Vana-Antsla_vallavalitsus, lk 108
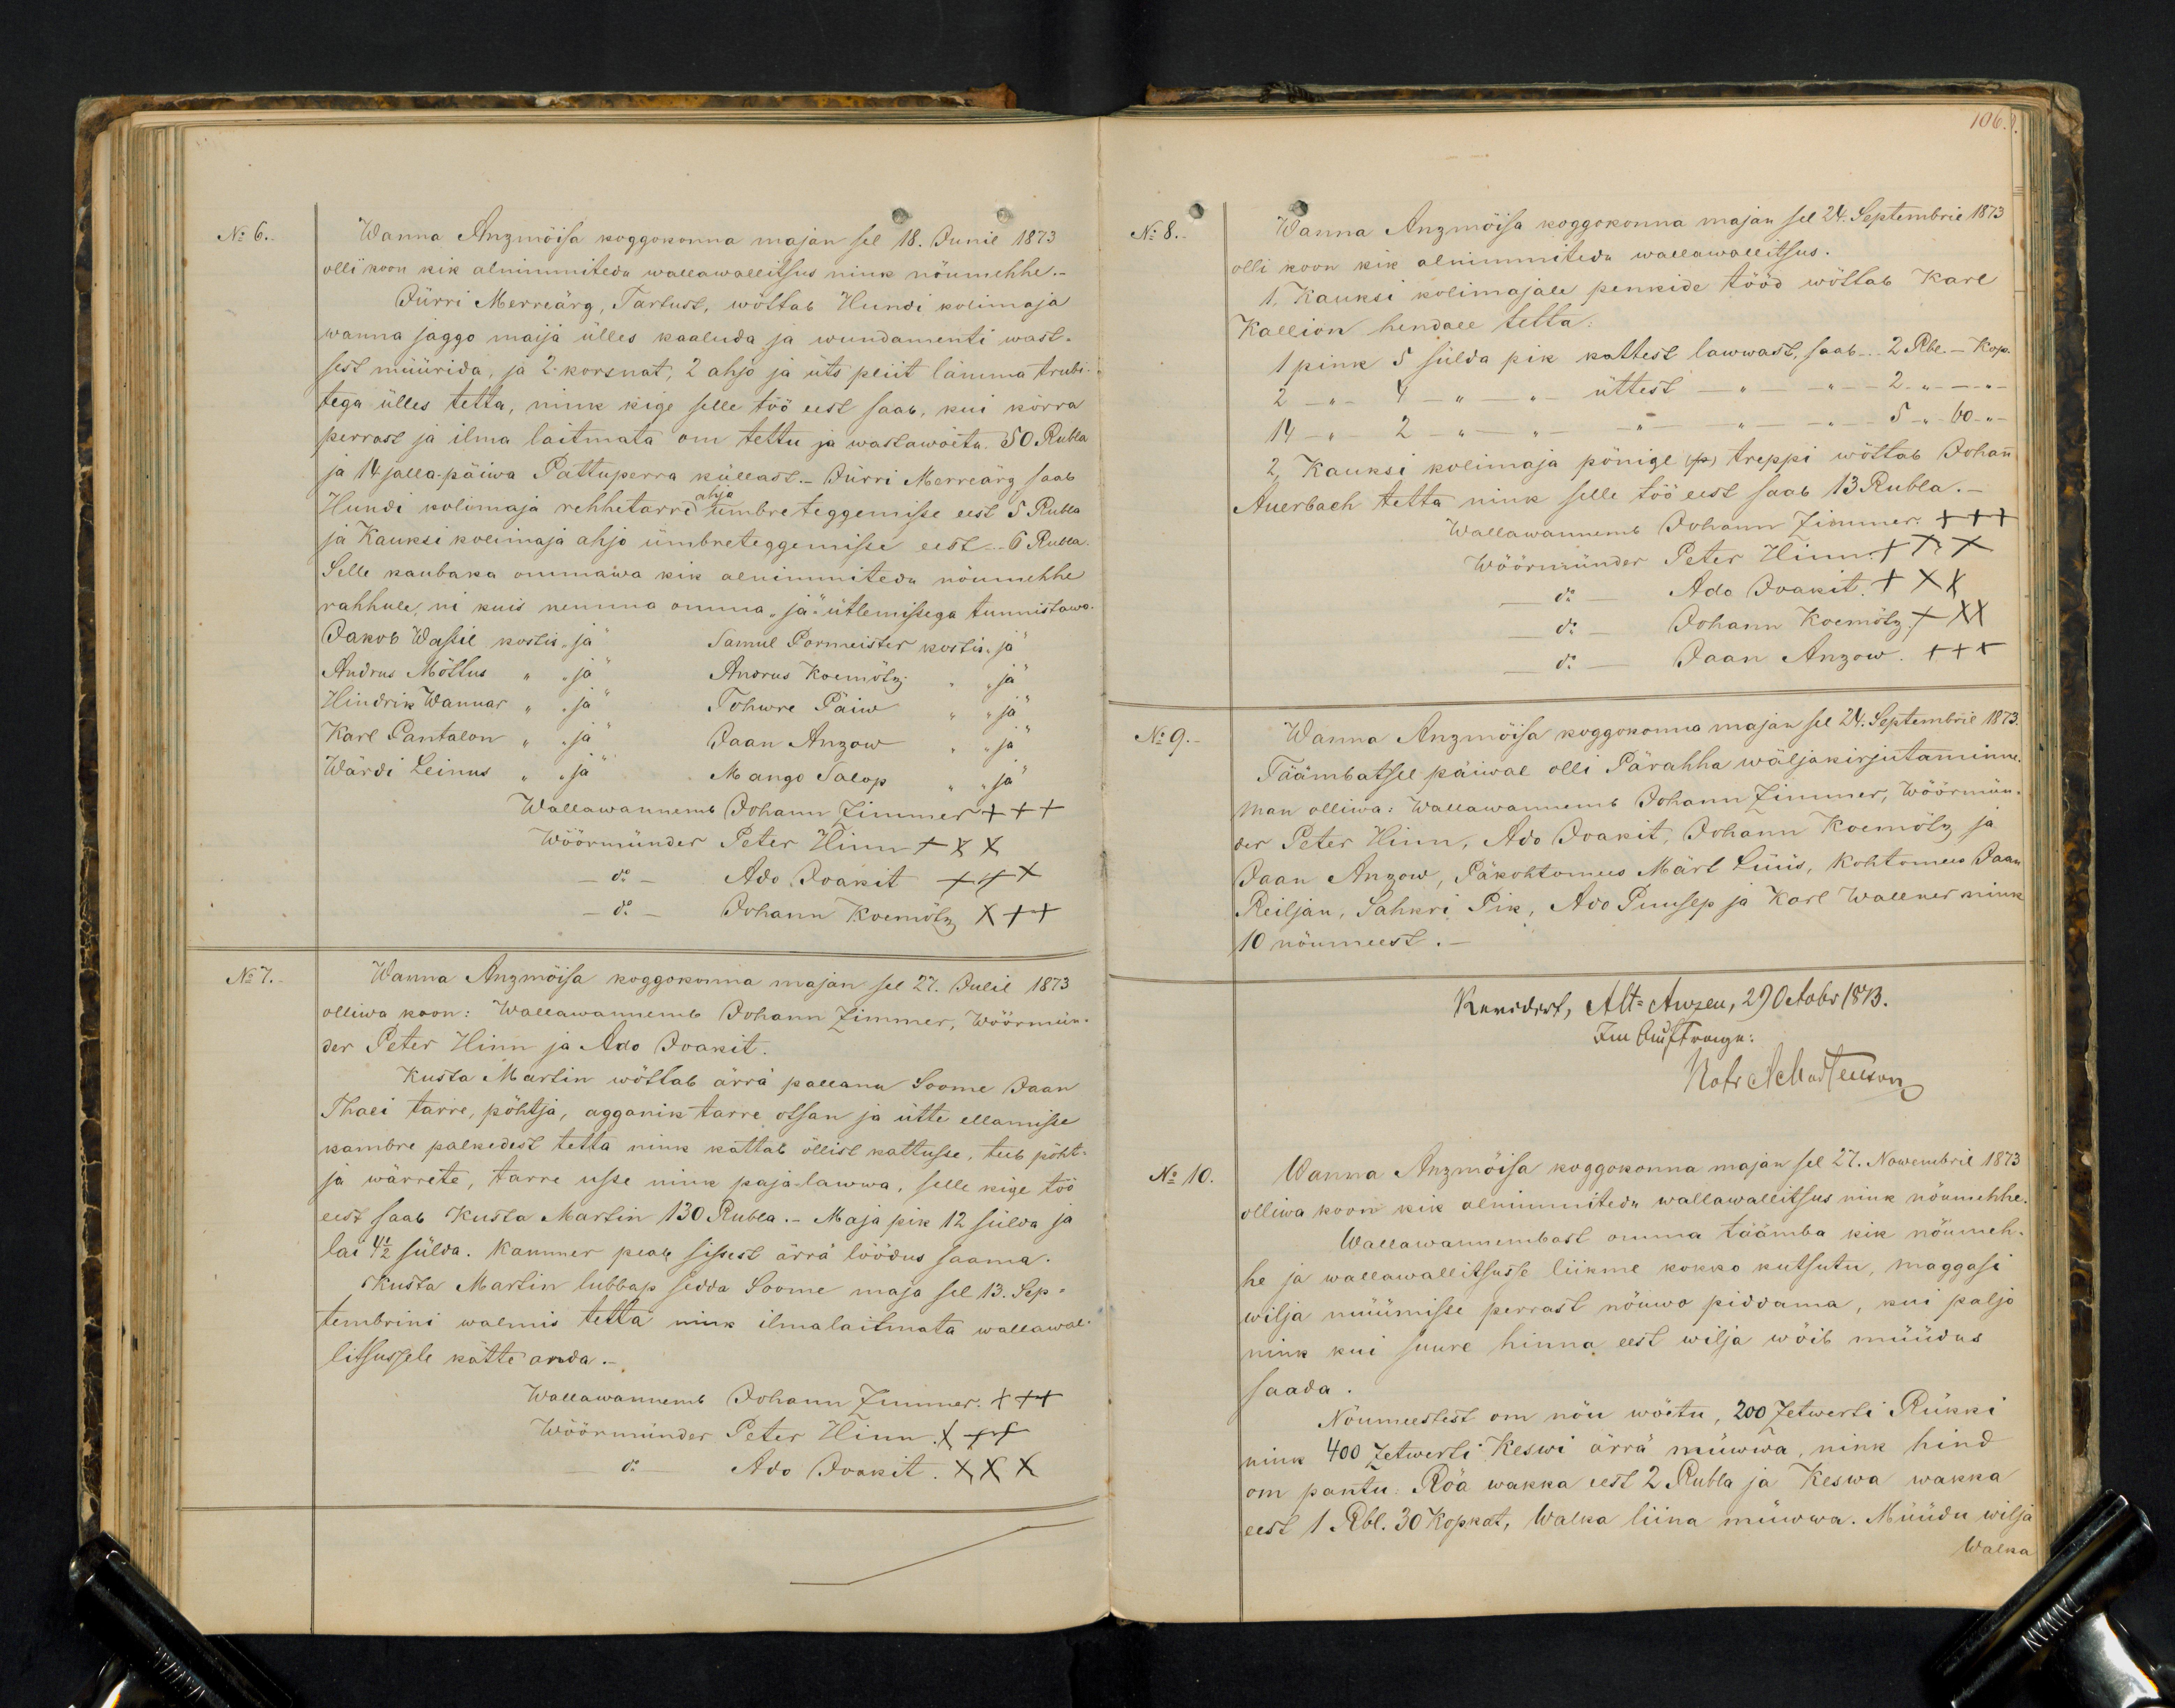
No 6.
Wanna Anzimöisa koggokonna majan sel 18. Junil 1873
olli koon kik alnimmitedu wallawallitsus nink nöumehhe.
Jürri Merreärg, Tartust, wöttab Hundi kolimaja
wanna jaggo maija ülles kaaluda ja wundamenti wast-
sest müürida, ja 2 korsnat, 2 ahjo ja üts pliit lämma trubi-
tega ülles tetta, nink kige selle töö eest saab, kui körra
perrast ja ilma laitmata om tehtu ja wastawöeta. 50 Rubla
ja 14 jalla päiwa Pattuperra küllast.- Jürri Merreärg saab
Hundi kolimaja rehhetarre ahjo umbre teggemisse eest 5 Rubla
ja Kauksi kolimaja ahjo ümbreteggemisse eest. 6 Rubla
Selle kaubaka ommawa kik alnimmitedu nöumehhe
rahhule, ni kuis nemma omma "ja" ütlemissega tunnistawa
Jakob Wassil kostis "ja" Samuel Pormeister kostis " ja
Andrus Mõttus " "ja" Andrus Koemötz " "ja
Hindrik Wannar " "ja" Tohwre Päiw "ja"
Karl Pantalon " "ja" Jaan Anzow " "ja
Wärdi Leinus " "ja" Mängo Salop " "ja
Wallawannemb Johann Zimmer +++
Wöörmünder Peter Hinn XXX
do - Ado Joakit XXX
do - Johann Koemötz XXX
No 7.
Wanna Anzmöisa koggokonna majan sel 27. Julil 1873.
olliwa koon: Wallawannemb Johann Zimmer, Wöörmün-
der Peter Hinn ja Ado Joakit.
Kusta Martin wöttab ärrä pallana Soome Jaan
Thali tarre, pöhtja, agganik tarre otsan ja ütte ellamisse
kambre palkedest tetta nink kattab öllist kattusse, teeb pöht-
ja wärrete, tarre usse nink paja-lawwa, selle kige töö
eest saab Kusta Martin 130 Rubla. Maja pik 12 sülda ja
lai 4 1/2 sülda. Kammer peab sissest ärrä löödus saama.
Kusta Martin lubbap sedda Soome maja sel 13. Sep-
tembrini walmis tetta nink ilmalaitmata wallawal-
litsussele kätte anda.-
Wallawannemb Johann Zimmer. XXX
Wöörmünder Peter Hinn XXX
do Ado Joakit XXX

106
No 8.
Wanna Anzmõisa koggokonna majan sel 24. Septembril 1873.
olli koon kik alnimmitedu wallawalitsus.
1, Kauksi kolimajale penkide tööd wöttab Karl
Kallion hendale tetta:
1 pink 5 sülda pik kattest lawwast, saab. 2 Rbl. - Kop.
2 - " - 4 - " üttest - " - " - 2." -
14 - " - 2 -  " - " - " - 5 " 60 "
2, Kauksi kolimaja pönige (p) treppi wöttab Johann
Auerbach tetta nink selle töö eest saab 13 Rubla.
Wallawannemb Johann Zimmer +++
Wöörmünder Peter Hinn +++
do Ado Joakit XXX
do Johann Koemötz XXX
do. - Jaan Anzow. XXX
No 9.
Wanna Anzmõisa koggokonna majan sel 24. Septembril 1876.
Täämbatsel päiwal olli Pärahha wäljakirjutaminne
Man olliwa: Wallawannemb Johann Zimmer, Wöörmün
der Peter Hinn, Ado Ioakit, Johann Koemötz ja
Jaan Anzow, Päkohtomees Märt Lüüs, Kohtomees Jaan
Reiljan, Sahkri Pik, Ado Puusep ja Karl Wallner ning
10 nõumeest.
No 10.
Wanna Anzmõisa koggokonna majan sel 27. Nowembril 1873
olliwa koon kik alnimmitedu wallawallitsus nink nöumehhe
Wallawannembast omma täämba kik nöumeh-
he ja wallawallitsusse liikme kokko kutsutu, maggasi
wilja müümisse perrast nöuwa piddama, kui paljo
nink kui suure hinna eest wilja wöib müüdus
saada.
Nöumeestest on nöu wöitu, 200 Zetwerti Rükki
nink 400 Zetwerti Keswi ärrä nüwwa, nink hind
om pantu. Röa wakka eest 2 Rubla ja Keswa wakka
eest 1 Rbl. 30 koprat, Walka liina müwwa. Müüdu wilja
Walka